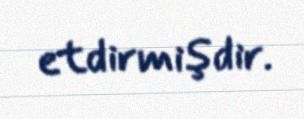
etdirmişdir.